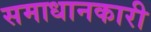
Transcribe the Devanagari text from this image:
समाधानकारी